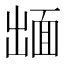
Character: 𮧋